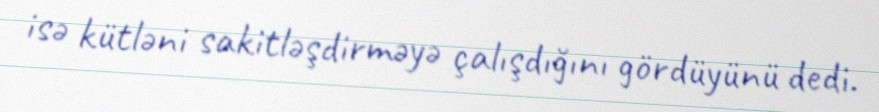
isə kütləni sakitləşdirməyə çalışdığını gördüyünü dedi.